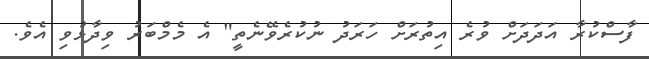
ފާސްކުރާ އަދަދަށް ވުރެ އިތުރަށް ހަރަދު ނުކުރެވޭނެތީ" އެ މެމްބަރު ވިދާޅުވި އެވެ.